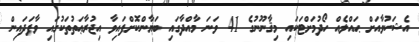
އެޝަކުވާއަށް ޙައްލެއް ހޯދުމަށްޓަކައި މިޤާނޫނުގެ 41 ވަނަ މާއްދާގައި ބަޔާންކޮށްފައިވާ އިޖުރާޢަތުތަކުގައި ވާފަދައިން